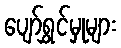
ပျော်ရွှင်မှုများ